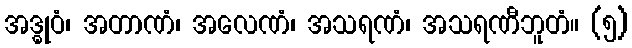
အဒ္ဓုဝံ၊ အတာဏံ၊ အလေဏံ၊ အသရဏံ၊ အသရဏီဘူတံ။ (၅)